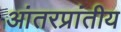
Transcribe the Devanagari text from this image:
आंतरप्रांतीय